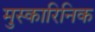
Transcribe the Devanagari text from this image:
मुस्कारिनिक